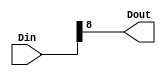
//------------------------------------------------------------------------
//--
//--  Filename      : xlslice.v
//--
//--  Date          : 06/05/12
//-
//-  Description   : Verilog description of a slice block.  This
//-                  block does not use a core.
//-
//-----------------------------------------------------------------------

`timescale 1ps/1ps
module  xlslice_v1_0_2_xlslice (Din,Dout);

	parameter DIN_WIDTH  = 32;
	parameter DIN_FROM = 8;
	parameter DIN_TO = 8;
	
	input [DIN_WIDTH -1:0] Din;
	output [DIN_FROM - DIN_TO:0] Dout;
	 
	assign Dout = Din [DIN_FROM: DIN_TO];
endmodule